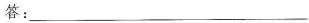
答：___